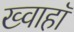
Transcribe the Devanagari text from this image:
ख्वाहाॅ